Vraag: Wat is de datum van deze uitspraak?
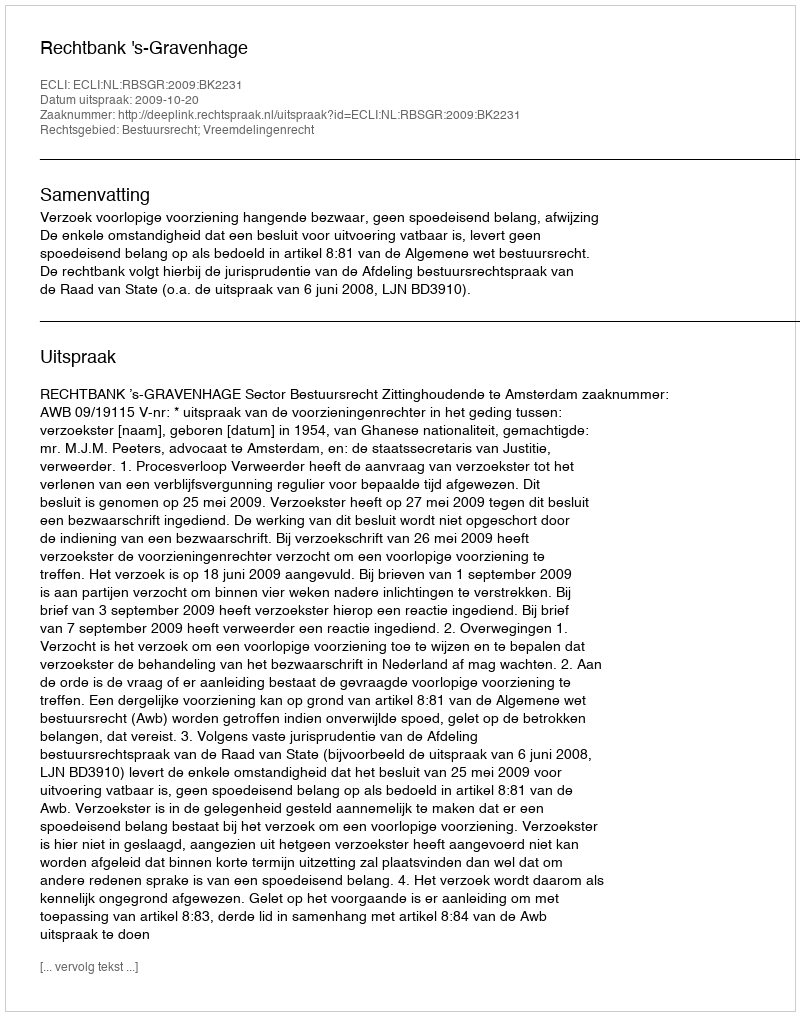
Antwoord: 2009-10-20